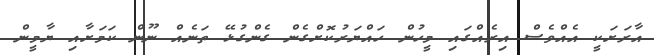
އާރަށަކީ އެއްވެސް އިރެއްގައި މީހުން ހައްޔަރުކޮށްގެން ގެންގުޅޭ ތަނެއް ނޫން ކަމަށާއި ޔާމީން